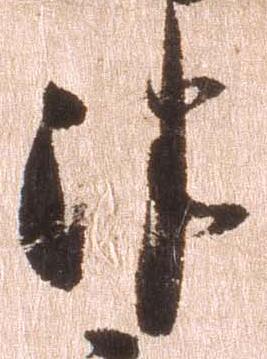
津